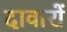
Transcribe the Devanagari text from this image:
दावारों